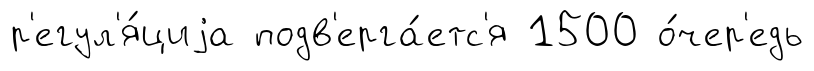
р'егул'я́циjа подв'ерга́етс'я 1500 о́чер'едь